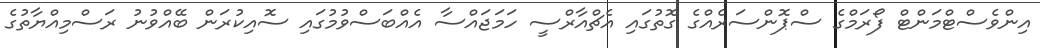
އިންވެސްޓްމަންޓް ފޯރަމްގެ ސްޕޮންސަރެއްގެ ގޮތުގައި އެޗްއާރްސީ ހަމަޖައްސާ އެއްބަސްވުމުގައި ސޮއިކުރަން ބޭއްވުނު ރަސްމިއްޔާތުގެ